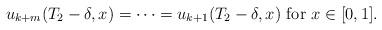
LaTeX: \begin{align*}u_{k+m}(T_2 - \delta, x) = \dots = u_{k+1}(T_2 - \delta, x) \mbox{ for } x \in [0, 1].\end{align*}